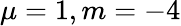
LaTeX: \mu=1,m=-4